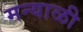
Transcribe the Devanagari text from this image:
मन्याळी